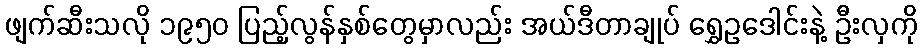
ဖျက်ဆီးသလို ၁၉၅၀ ပြည့်လွန်နှစ်တွေမှာလည်း အယ်ဒီတာချုပ် ရွှေဥဒေါင်းနဲ့ ဦးလှကို